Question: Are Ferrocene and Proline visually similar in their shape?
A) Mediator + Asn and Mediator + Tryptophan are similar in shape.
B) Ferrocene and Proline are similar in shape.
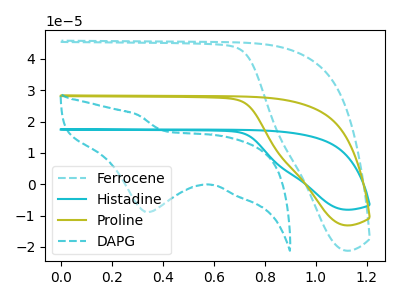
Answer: <think>The cyan dashed curve "Ferrocene" has no peaks. The cyan curve "Histadine" has no peaks. The olive curve "Proline" has no peaks. The cyan dashed curve "DAPG" has a cathodic peak at: (0.35V, -8.90uA).
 Neither "Ferrocene" or "Proline" have any peaks.</think>
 <answer>B) "Ferrocene" and "Proline" are similar in shape.</answer>
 <eval>B</eval>